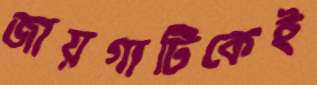
জায়গাটিকেই